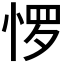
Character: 𰑫